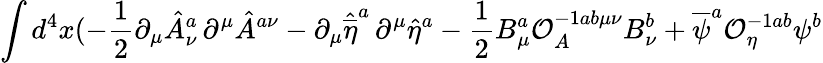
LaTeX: \int d^{4}x(-\frac{1}{2}\partial_{\mu}{\hat{A}}_{\nu}^{a}\, \partial^{\mu}{\hat{A}}^{a\nu}-\partial_{\mu}{\hat{\overline{{{\eta}}}}}^{a}\, \partial^{\mu}{\hat{\eta}}^{a}-\frac{1}{2}B_{\mu}^{a}{\mathcal{O}}_{A}^{-1ab\mu\nu}B_{\nu}^{b}+{\overline{{{\psi}}}}^{a}{\mathcal{O}}_{\eta}^{-1ab}\psi^{b}